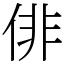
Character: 俳